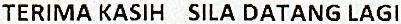
TERIMA KASIH SILA DATANG LAGI